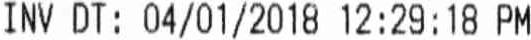
INV DT: 04/01/2018 12:29:18 PM